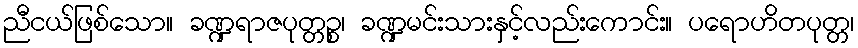
ညီငယ်ဖြစ်သော။ ခဏ္ဍရာဇပုတ္တဉ္စ၊ ခဏ္ဍမင်းသားနှင့်လည်းကောင်း။ ပရောဟိတပုတ္တ၊